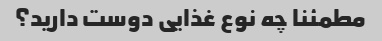
مطمئنا چه نوع غذایی دوست دارید؟